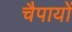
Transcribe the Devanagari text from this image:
चैपायों